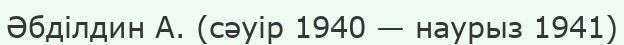
Әбділдин А. (сәуір 1940 — наурыз 1941)